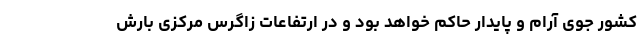
کشور جوی آرام و پایدار حاکم خواهد بود و در ارتفاعات زاگرس مرکزی بارش